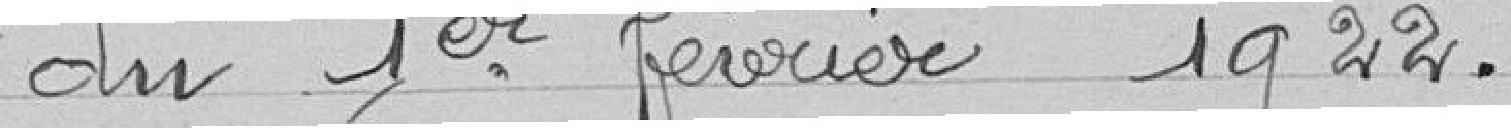
du 1er février 1922.